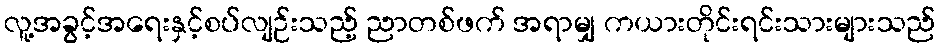
လူ့အခွင့်အရေးနှင့်စပ်လျဉ်းသည့် ညာတစ်ဖက် အရာမျှ ကယားတိုင်းရင်းသားများသည်